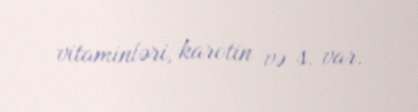
vitaminləri, karotin və s. var.